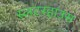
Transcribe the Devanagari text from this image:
स्लटरहाउस